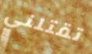
تقتلني